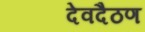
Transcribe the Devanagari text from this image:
देवदैठण